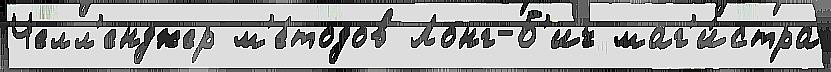
Челл'енджер м'е́тодов Лонг-Б'ич маг'и́стра